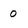
Character: 0